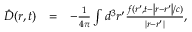
\begin{array} { r l r } { { \hat { \boldsymbol D } } ( \boldsymbol r , t ) } & { = } & { - \frac { 1 } { 4 \pi } \int d ^ { 3 } \boldsymbol r ^ { \prime } \frac { \boldsymbol f ( \boldsymbol r ^ { \prime } , t - \left| \boldsymbol r - \boldsymbol r ^ { \prime } \right| / c ) } { \left| \boldsymbol r - \boldsymbol r ^ { \prime } \right| } , } \end{array}